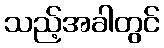
သည့်အခါတွင်